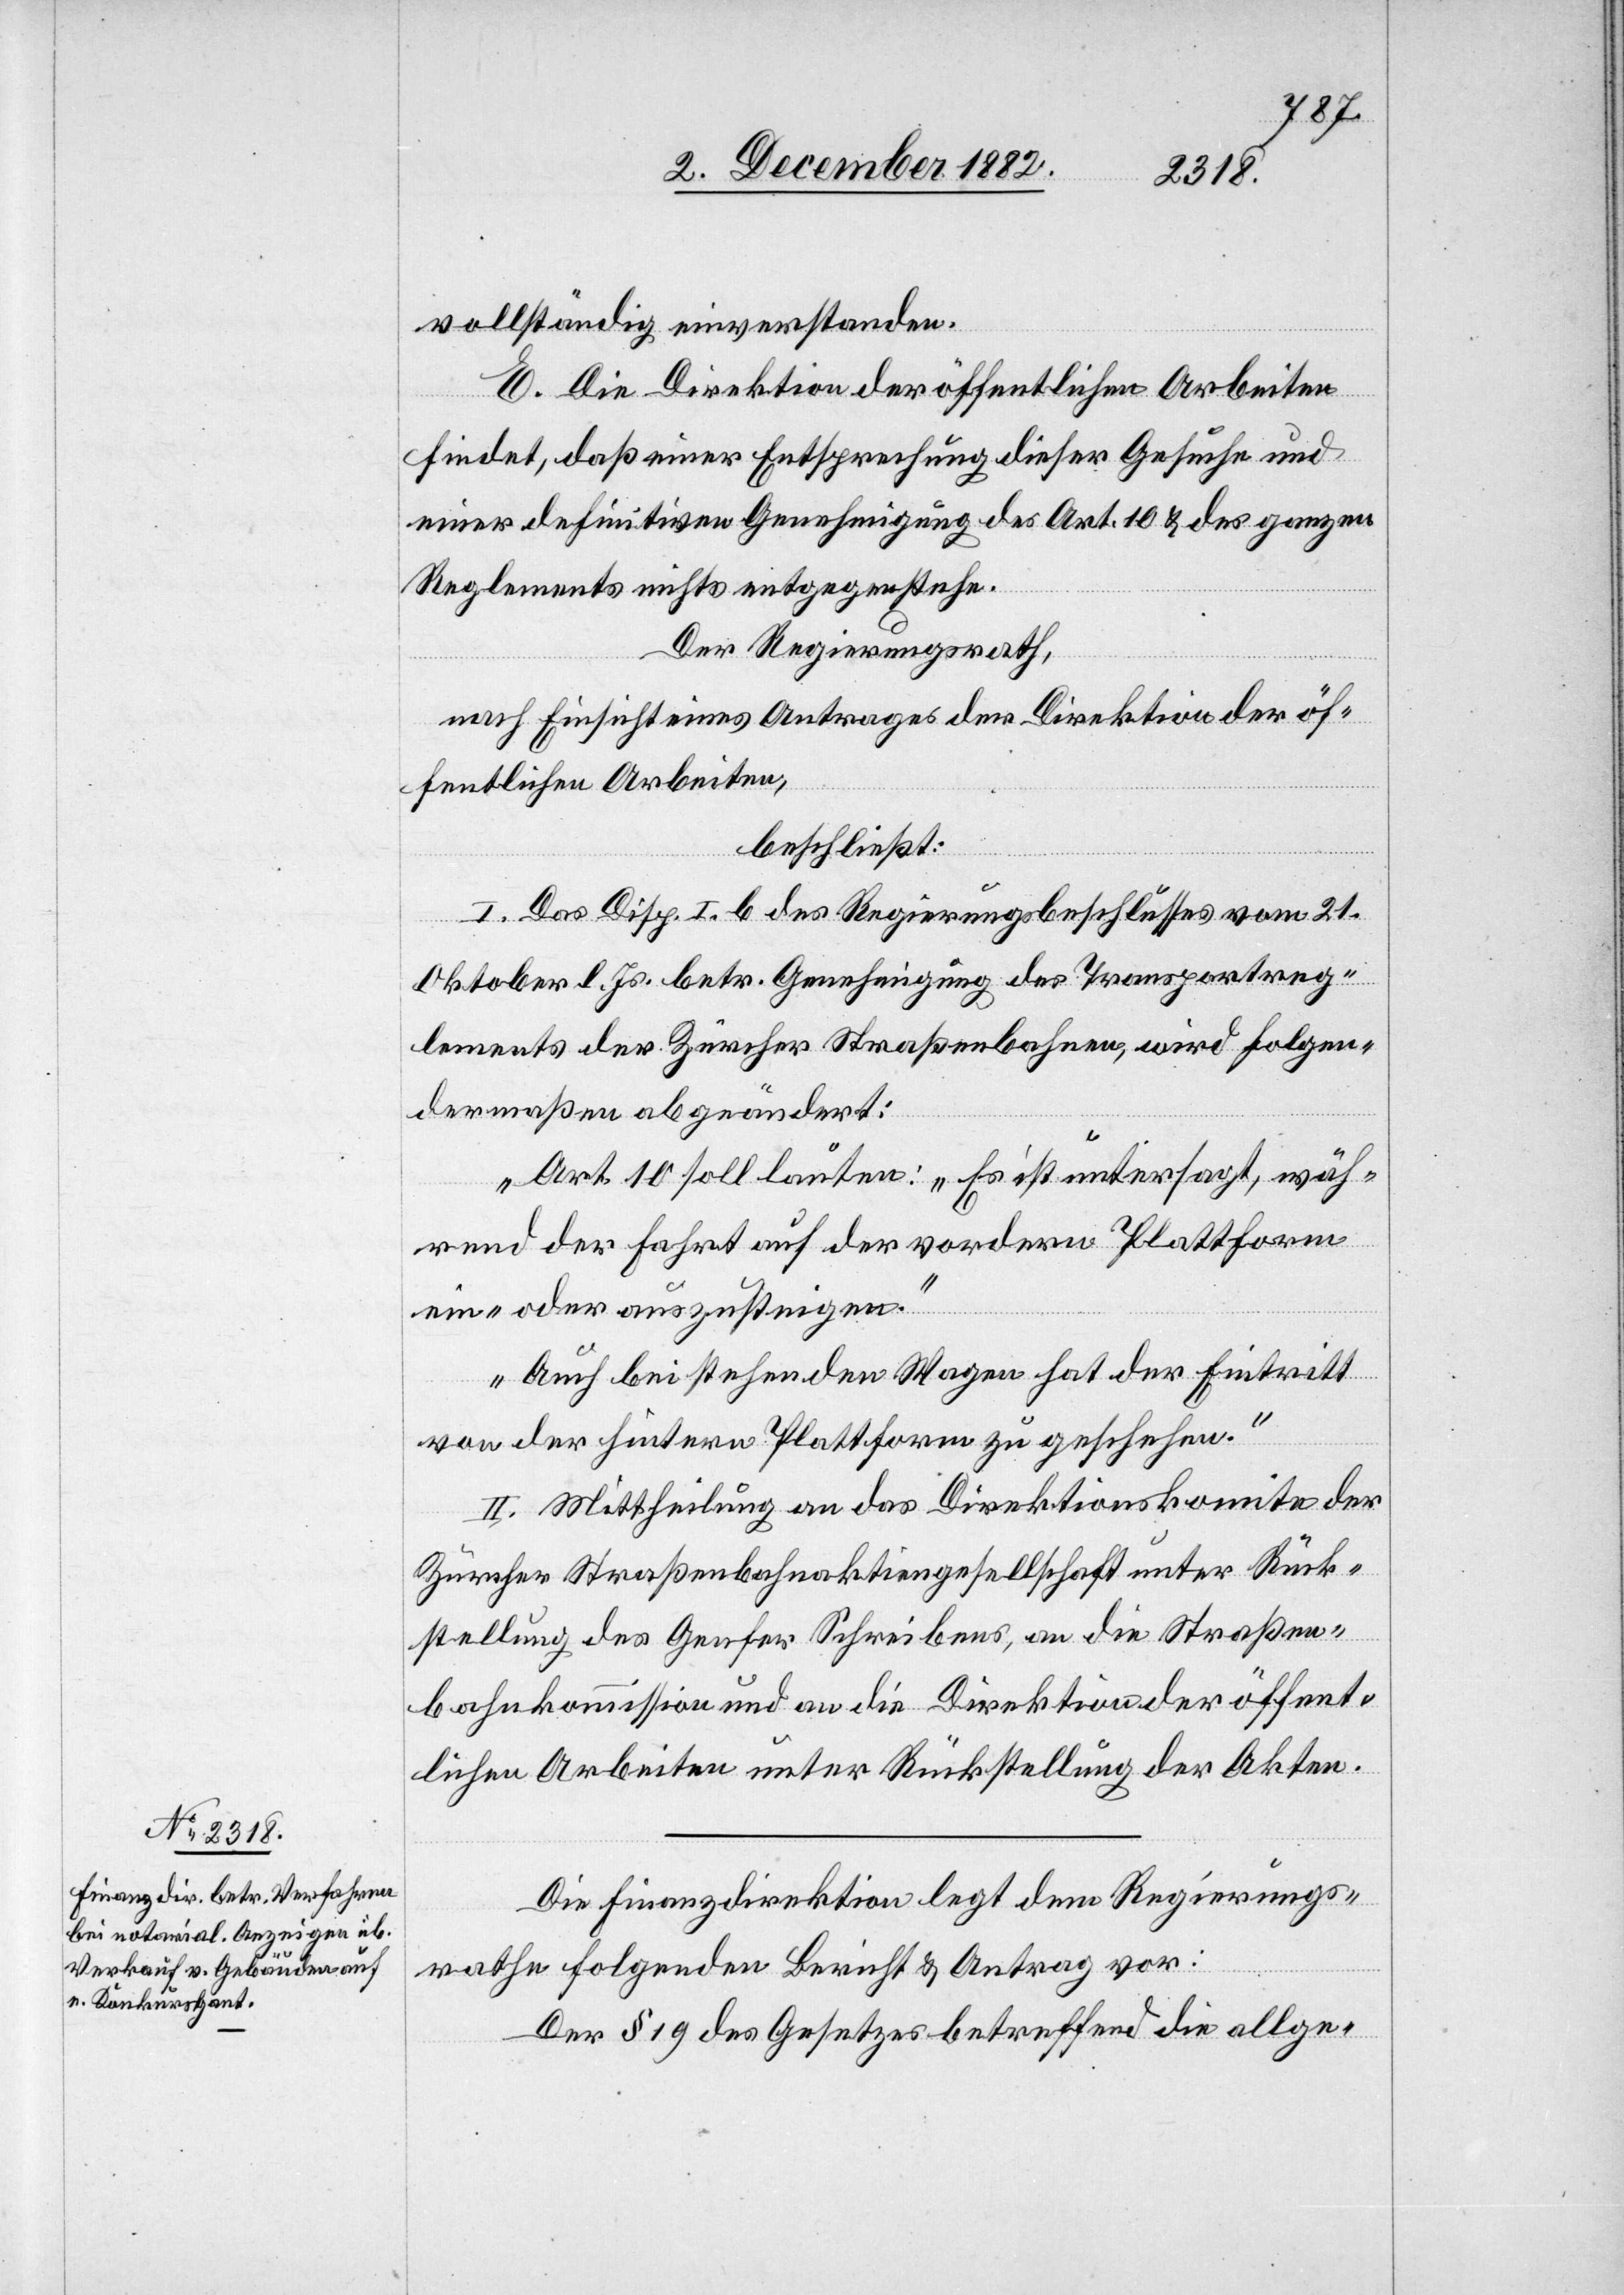
vollständig einverstanden.
E. Die Direktion der öffentlichen Arbeiten
findet, daß einer Entsprechung dieser Gesuche und
einer definitiven Genehmigung des Art. 10 & des ganzen
Reglements nichts entgegenstehe.
Der Regierungsrath,
nach Einsicht eines Antrages der Direktion der öf¬
fentlichen Arbeiten,
beschließt:
I. Das Disp. I. b des Regierungsbeschlusses vom 21.
Oktober l. Js. betr. Genehmigung des Transportreg¬
lements der Zürcher Straßenbahnen, wird folgen¬
dermaßen abgeändert:
„Art. 10 soll lauten: ‚Es ist untersagt, wäh¬
rend der Fahrt auf der vordern Plattform
ein- oder auszusteigen.’
‚Auch bei stehenden Wagen hat der Eintritt
von der hintern Plattform zu geschehen.’[“]
II. Mittheilung an das Direktionskomite der
Zürcher Straßenbahnaktiengesellschaft unter Rück¬
stellung des Genfer Schreibens, an die Straßen¬
bahnkommission und an die Direktion der öffent¬
lichen Arbeiten unter Rückstellung der Akten.
Die Finanzdirektion legt dem Regierungs¬
rathe folgenden Bericht & Antrag vor:
Der § 19 des Gesetzes betreffend die allge-